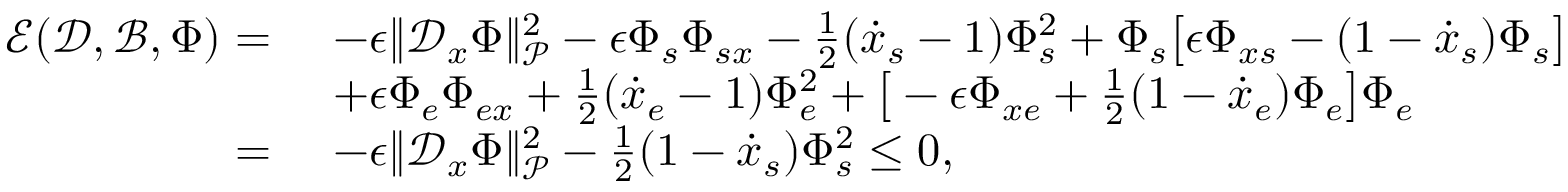
\begin{array} { r l } { \boldsymbol { \mathcal { E } } ( \mathcal { D } , \mathcal { B } , \boldsymbol { \Phi } ) = \ } & { - \epsilon \| \mathcal { D } _ { x } \boldsymbol { \Phi } \| _ { \mathcal { P } } ^ { 2 } - \epsilon \Phi _ { s } \Phi _ { s x } - \frac { 1 } { 2 } ( \dot { x } _ { s } - 1 ) \Phi _ { s } ^ { 2 } + \Phi _ { s } \big [ \epsilon \Phi _ { x s } - ( 1 - \dot { x } _ { s } ) \Phi _ { s } \big ] } \\ { \ } & { + \epsilon \Phi _ { e } \Phi _ { e x } + \frac { 1 } { 2 } ( \dot { x } _ { e } - 1 ) \Phi _ { e } ^ { 2 } + \big [ - \epsilon \Phi _ { x e } + \frac { 1 } { 2 } ( 1 - \dot { x } _ { e } ) \Phi _ { e } \big ] \Phi _ { e } } \\ { = \ } & { - \epsilon \| \mathcal { D } _ { x } \boldsymbol { \Phi } \| _ { \mathcal { P } } ^ { 2 } - \frac { 1 } { 2 } ( 1 - \dot { x } _ { s } ) \Phi _ { s } ^ { 2 } \leq 0 , } \end{array}